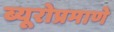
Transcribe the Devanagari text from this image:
ब्यूरोप्रमाणे